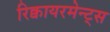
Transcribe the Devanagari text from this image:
रिक्वायरमेन्ट्स